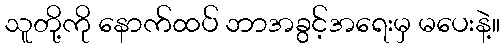
သူတို့ကို နောက်ထပ် ဘာအခွင့်အရေးမှ မပေးနဲ့။